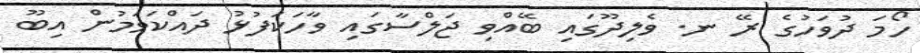
ހޯމަ ދުވަހުގެ ރޭ ނ. ވެލިދޫގައި ބޭއްވި ޖަލްސާގައި ވާހަކަފުޅު ދައްކަވަމުން އިބޫ